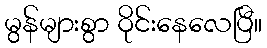
မွန်များစွာ ဝိုင်းနေလေပြီ။